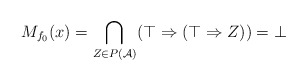
\begin{align*}M_{f_0}(x) = \bigcap_{Z\in P(\mathcal A)} (\top \Rightarrow (\top \Rightarrow Z)) = \bot \end{align*}